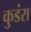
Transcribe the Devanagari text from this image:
कुडंरा